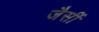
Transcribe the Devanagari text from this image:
जैसीं